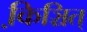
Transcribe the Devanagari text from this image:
कि़ञ्चित्